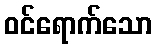
ဝင်ရောက်သော